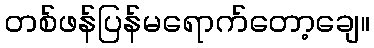
တစ်ဖန်ပြန်မရောက်တော့ချေ။